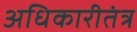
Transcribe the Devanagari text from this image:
अधिकारीतंत्र